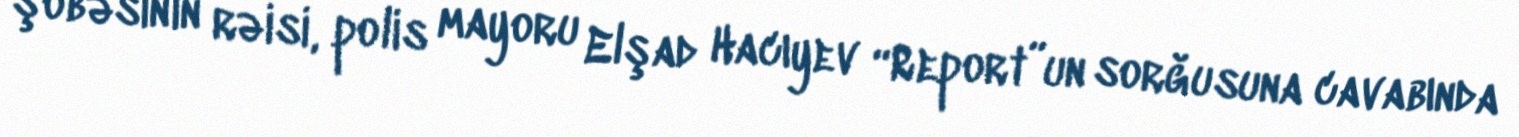
şöbəsinin rəisi, polis mayoru Elşad Hacıyev “Report”un sorğusuna cavabında